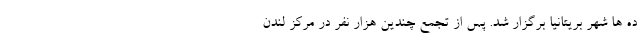
ده ها شهر بریتانیا برگزار شد. پس از تجمع چندین هزار نفر در مرکز لندن